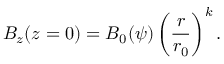
B _ { z } ( z = 0 ) = B _ { 0 } ( \psi ) \left( \frac { r } { r _ { 0 } } \right) ^ { k } .